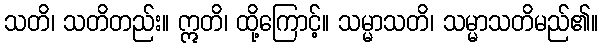
သတိ၊ သတိတည်း။ ဣတိ၊ ထို့ကြောင့်။ သမ္မာသတိ၊ သမ္မာသတိမည်၏။